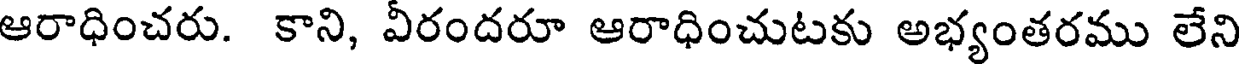
ఆరాధించరు. కాని, వీరందరూ ఆరాధించుటకు అభ్యంతరము లేని